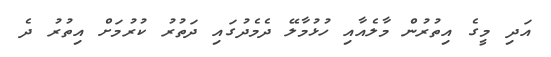
އަދި މީގެ އިތުރުން މާލެއާއި ހުޅުމާލޭ ދެމެދުގައި ދަތުރު ކުރުމަށް އިތުރު ދެ